Papers set at the Examination for Leaving Certificates, 1889
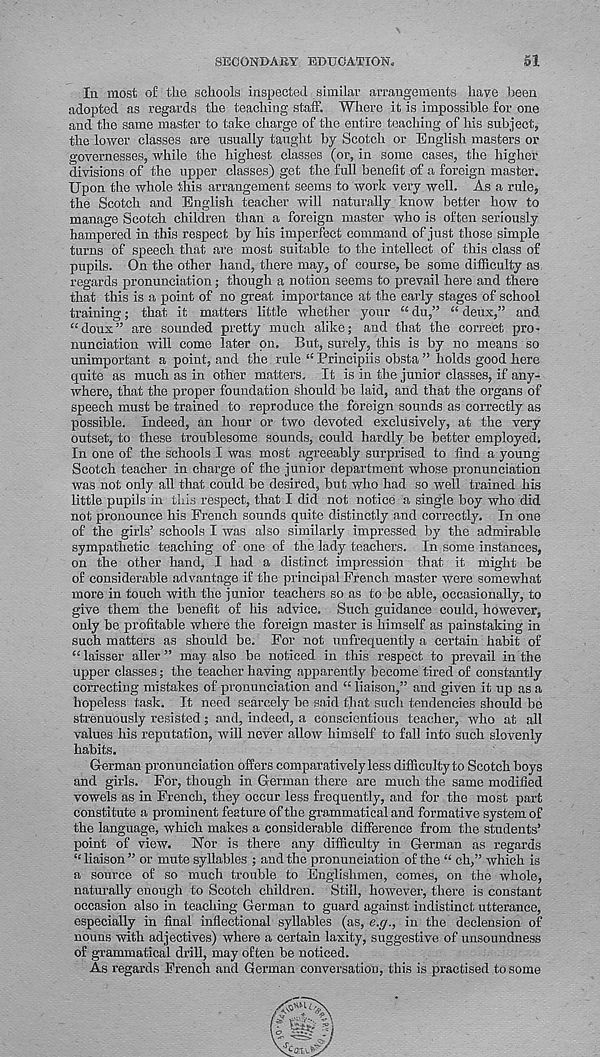
SECONDARY EDUCATION.
SI
Iii most of the schools inspected similar arrangements have been
adopted as regards the teaching staff. Where it is impossible for one
and the same master to take charge of the entire teaching of his subject,
the lower classes are usually taught by Scotch or English masters or
governesses, while the highest classes (or, in some cases, the higher
divisions of the upper classes) get the full benefit of a foreign master.
Upon the whole this arrangement seems to work very well. As a rule,
the Scotch and English teacher will naturally know better how to
manage Scotch children than a foreign master who is often seriously
hampered in this respect by his imperfect command of just those simple
turns of speech that are most suitable to the intellect of this class of
pupils. On the other hand, there may, of course, be some difficulty as
regards pronunciation; though a notion seems to prevail here and there
that this is a point of no great importance at the early stages of school
training; that it matters little whether your “ du,” “ deux,” and,
“doux” are sounded pretty much alike; and that the correct pro-
nunciation will come later on. But, surely, this is by no means so
unimportant a point, and the rule “ Principiis obsta ” holds good here
quite as much as in other matters. It is in the junior classes, if any-
where, that the proper foundation should be laid, and that the organs of
speech must be trained to reproduce the foreign sounds as correctly as
possible. Indeed, an hour or two devoted exclusively, at the very
outset, to these troublesome sounds, could hardly be better employed.
In one of the schools I was most agreeably surprised to find a young
Scotch teacher in chai’ge of the junior department whose pronunciation
was not only all that could bo desired, but who had so well trained his
little pupils in this respect, that I did not notice a single boy who did
not pronounce his French sounds quite distinctly and correctly. In one
of the girls’ schools I was also similarly impressed by the admirable
sympathetic teaching of one of the lady teachers. In some instances,
on the other hand, I had a distinct impression that it might be
of considerable advantage if the principal French master were somewhat
more in touch with the junior teachers so as to be able, occasionally, to
give them the benefit of his advice. Such guidance could, however,
only be profitable where the foreign master is himself as painstaking in
such matters as should be. For not unfrequently a certain habit of
“ laisser aller ” may also be noticed in this respect to prevail in the
upper classes; the teacher having apparently become tired of constantly
correcting mistakes of pronunciation and “ liaison,” and given it up as a
hopeless task. It need scarcely be said that such tendencies should be
strenuously resisted; and, indeed, a conscientious teacher, who at all
values his reputation, will never allow himself to fall into such slovenly
habits.
German pronunciation offers comparatively less difficulty to Scotch boys
and girls. For, though in German there are much the same modified
vowels as in French, they occur less frequently, and for the most part
constitute a prominent feature of the grammatical and formative system of
the language, which makes a considerable difference from the students’
point of view. Nor is there any difficulty in German as regards
“ liaison ” or mute syllables ; and the pronunciation of the “ ch,” which is
a source of so much trouble to Englishmen, comes, on the whole,
naturally enough to Scotch children. Still, however, there is constant
occasion also in teaching German to guard against indistinct utterance,
especially in final inflectional syllables (as, e.ff., in the declension of
nouns with adjectives) where a certain laxity, suggestive of unsoundness
of grammatical drill, may often be noticed.
As regards French and German conversation, this is practised to some